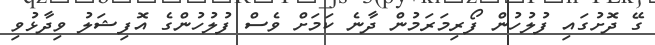
ގޭ ދޮށުގައި ފުލުހުން ފޯރިމަރަމުން ދާނެ ކަމަށް ވެސް ފުލުހުންގެ އޮފިޝަލު ވިދާޅުވި